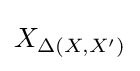
X_{\Delta \left(X,X'\right)}